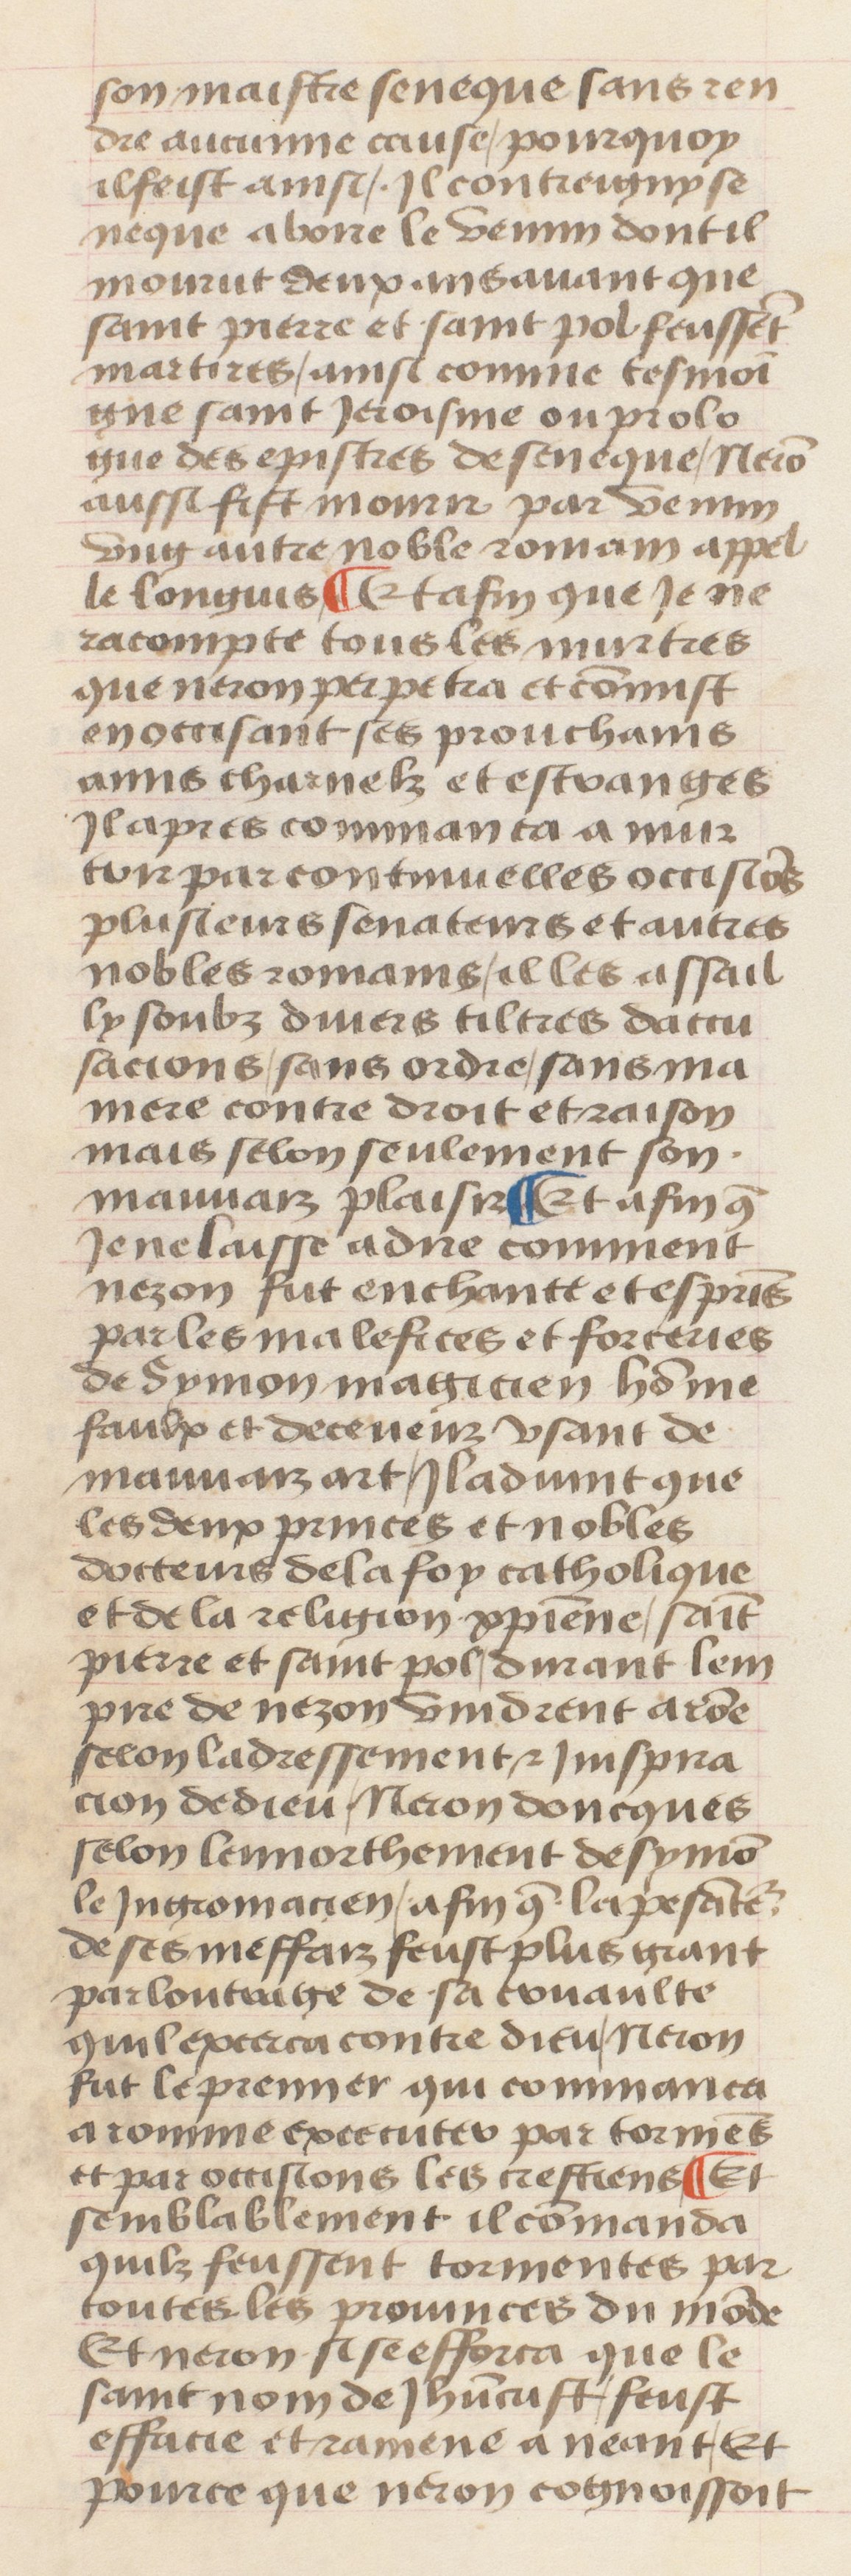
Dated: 1400–1499